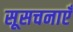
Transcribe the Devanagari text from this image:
सूसचनाएँ